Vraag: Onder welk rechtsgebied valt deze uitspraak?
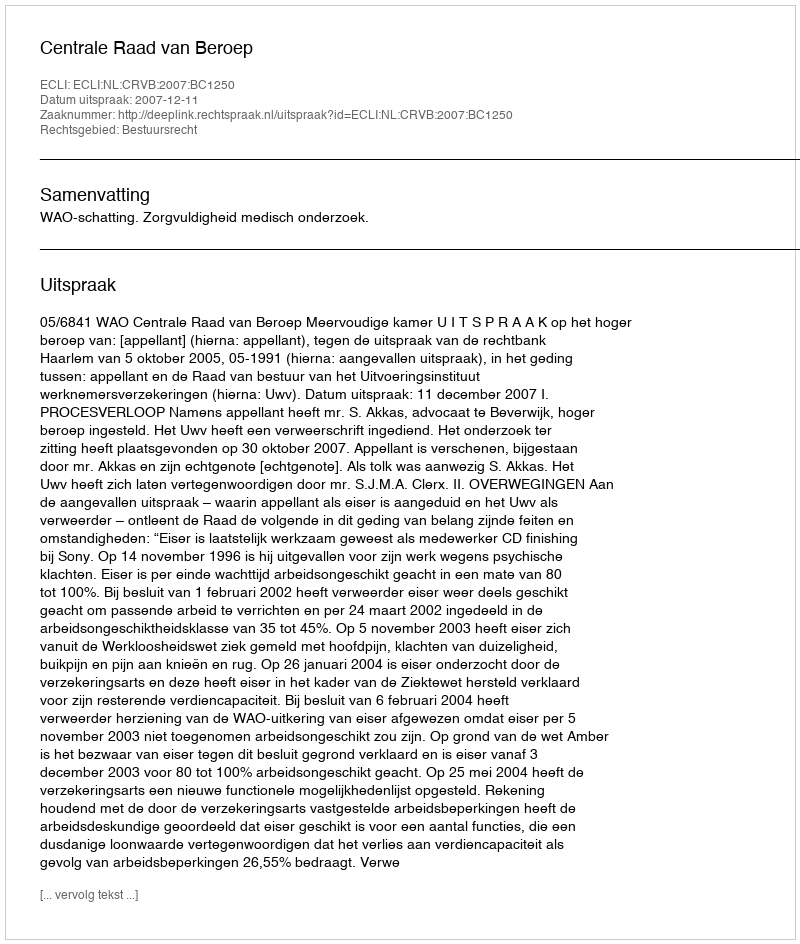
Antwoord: Bestuursrecht